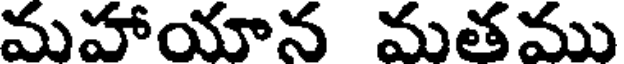
మహాయాన మతము